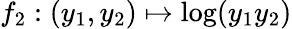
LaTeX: f_{2}:(y_{1},y_{2})\mapsto\log(y_{1}y_{2})